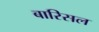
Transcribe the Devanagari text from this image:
बारिसल